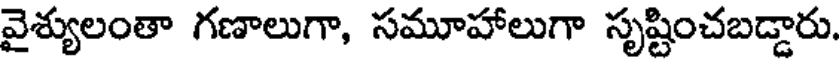
వైశ్యులంతా గణాలుగా, సమూహాలుగా సృష్టించబడ్డారు.